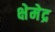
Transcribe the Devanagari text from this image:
क्षेमेद्र